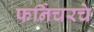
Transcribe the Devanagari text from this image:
फर्निचरचे